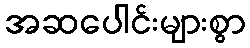
အဆပေါင်းများစွာ